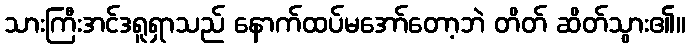
သားကြီးအင်ဒရူရှာသည် နောက်ထပ်မအော်တော့ဘဲ တိတ် ဆိတ်သွား၏။